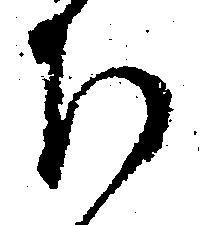
下